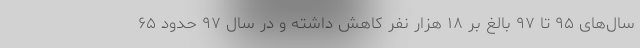
سال‌های ۹۵ تا ۹۷ بالغ بر ۱۸ هزار نفر کاهش داشته و در سال ۹۷ حدود ۶۵